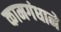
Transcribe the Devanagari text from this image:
कामगंधाने